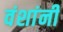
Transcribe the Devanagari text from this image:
वंशांनी